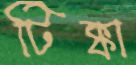
টিক্কা